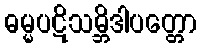
ဓမ္မပဋိသမ္ဘိဒါပတ္တော